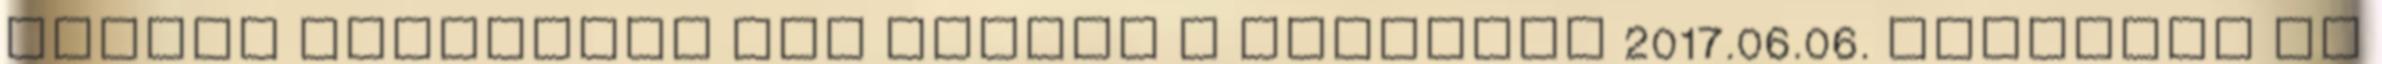
Június közepétől lép életbe a változás 2017.06.06. Továbbra is